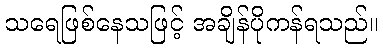
သရေဖြစ်နေသဖြင့် အချိန်ပိုကန်ရသည်။